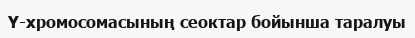
Y-хромосомасының сеоктар бойынша таралуы